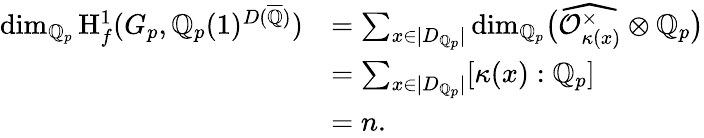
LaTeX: \begin{array}{rl}{\dim_{\mathbb Q_{p}}\mathrm H_{f}^{1}(G_{p},\mathbb Q_{p}(1)^{D({\overline{{\mathbb Q}}})})}&{=\sum_{x\in|D_{\mathbb Q_{p}}|}\dim_{\mathbb Q_{p}}\bigl(\widehat{\mathcal{O}_{\kappa(x)}^{\times}}\otimes\mathbb Q_{p}\bigr)}\\ &{=\sum_{x\in|D_{\mathbb Q_{p}}|}[\kappa(x):\mathbb Q_{p}]}\\ &{=n.}\end{array}